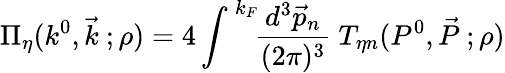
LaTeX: \Pi_{\eta}(k^{0},\vec{k}~;\rho)=4\int^{\, k_{F}}\! \! \frac{d^{3}\vec{p}_{n}}{(2\pi)^{3}}~T_{\eta n}(P^{0},\vec{P}~;\rho)